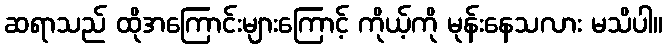
ဆရာသည် ထိုအကြောင်းများကြောင့် ကိုယ့်ကို မုန်းနေသလား မသိပါ။